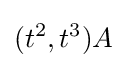
(t^{2},t^{3})A